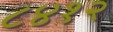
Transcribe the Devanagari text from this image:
८४१२